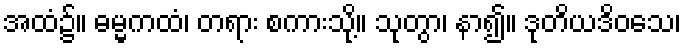
အထံ၌။ ဓမ္မကထံ၊ တရား စကားသို့။ သုတွာ၊ နာ၍။ ဒုတိယဒိဝသေ၊